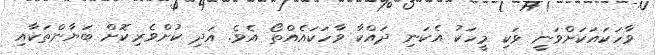
ވާހަކައަކަށްވަނީ ވަކި މީހަކު އެކަނި ދައްކާ ވާހަކައެއްތޯ އެވެ. އަދި ކުށްވެރިކޮށް ބަޔާންތަކާއި